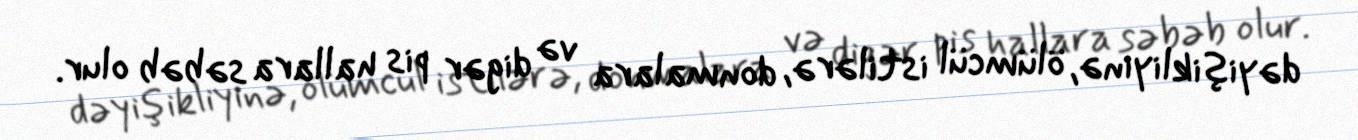
dəyişikliyinə, ölümcül istilərə, donmalara və digər pis hallara səbəb olur.